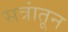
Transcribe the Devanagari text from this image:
सत्रांतून